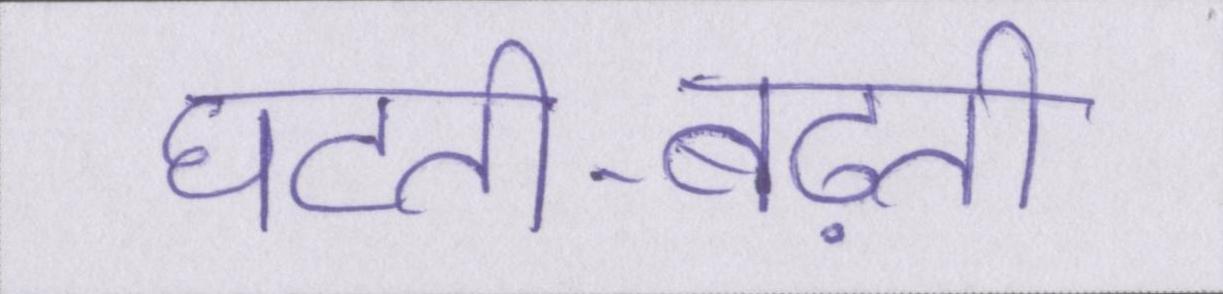
घटती-बढ़ती